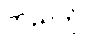
တည်တံ့